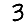
Digit: 3